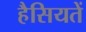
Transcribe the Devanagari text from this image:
हैसियतें